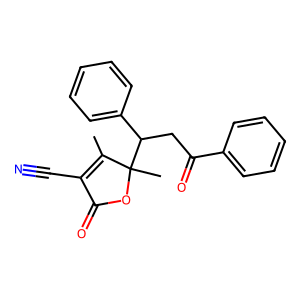
SMILES: CC1=C(C#N)C(=O)OC1(C)C(CC(=O)c1ccccc1)c1ccccc1
Inhibits HIV replication: No